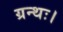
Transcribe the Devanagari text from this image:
ग्रन्थः।